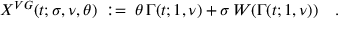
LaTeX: X ^ { V G } ( t ; \sigma , \nu , \theta ) \; : = \; \theta \, \Gamma ( t ; 1 , \nu ) + \sigma \, W ( \Gamma ( t ; 1 , \nu ) ) \quad .